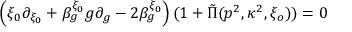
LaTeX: \left( \xi _ { 0 } \partial _ { \xi _ { 0 } } + \beta _ { g } ^ { \xi _ { 0 } } g \partial _ { g } - 2 \beta _ { g } ^ { \xi _ { 0 } } \right) ( 1 + \tilde { \Pi } ( p ^ { 2 } , \kappa ^ { 2 } , \xi _ { o } ) ) = 0